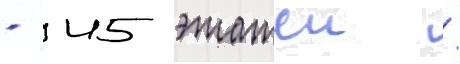
- 45 этажеи /